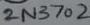
Text: 2N3702